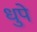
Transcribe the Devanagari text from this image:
धुपे